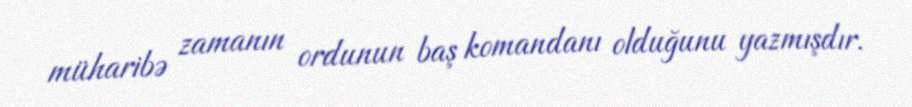
müharibə zamanın ordunun baş komandanı olduğunu yazmışdır.